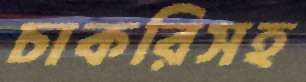
চাকরিসহ